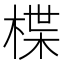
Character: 楪